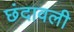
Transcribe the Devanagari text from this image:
छंदावली